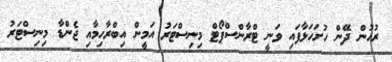
ރުހުން ދޭން ހުށަހަޅާފައި ވަނީ ޓްރާންސްޕޯޓް މިނިސްޓަރު އަމީން އިބްރާހިމާއި ޖެންޑާ މިނިސްޓަރު